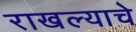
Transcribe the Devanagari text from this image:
राखल्याचे